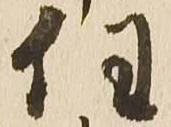
任